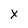
Character: x